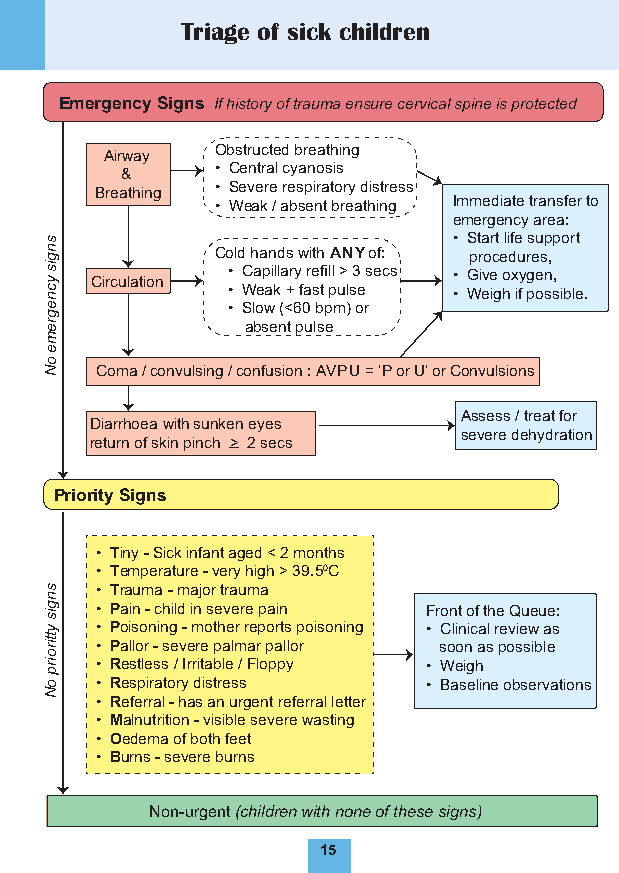
Triage of sick children
 Emergency Signs If history of trauma ensure cervical spine is protected
 Airway Obstructed breathing
 &     • Central cyanosis
 Breathing • Severe respiratory distress
 • Weak / absent breathing Immediate transfer to
 emergency area:
 • Start life support
 Cold hands with ANY of: procedures,
 Circulation • Capillary refill > 3 secs • Give oxygen,
 • Weak + fast pulse • Weigh if possible.
 • Slow (<60 bpm) or
 absent pulse
 Coma / convulsing / confusion : AVPU = ‘P or U’ or Convulsions
 Assess / treat for
 Diarrhoea with sunken eyes
 severe dehydration
 return of skin pinch > 2 secs
 Priority Signs
 • Tiny - Sick infant aged < 2 months
 • Temperature - very high > 39.50C
 • Trauma - major trauma
 • Pain - child in severe pain Front of the Queue:
 • Poisoning - mother reports poisoning • Clinical review as
 • Pallor - severe palmar pallor soon as possible
 • Restless / Irritable / Floppy • Weigh
 • Respiratory distress • Baseline observations
 • Referral - has an urgent referral letter
 • Malnutrition - visible severe wasting
 • Oedema of both feet
 • Burns - severe burns
 Non-urgent (children with none of these signs)
 15
 sngis
 ycnegreme
 oN
 sngis
 yttiroirp
 oN